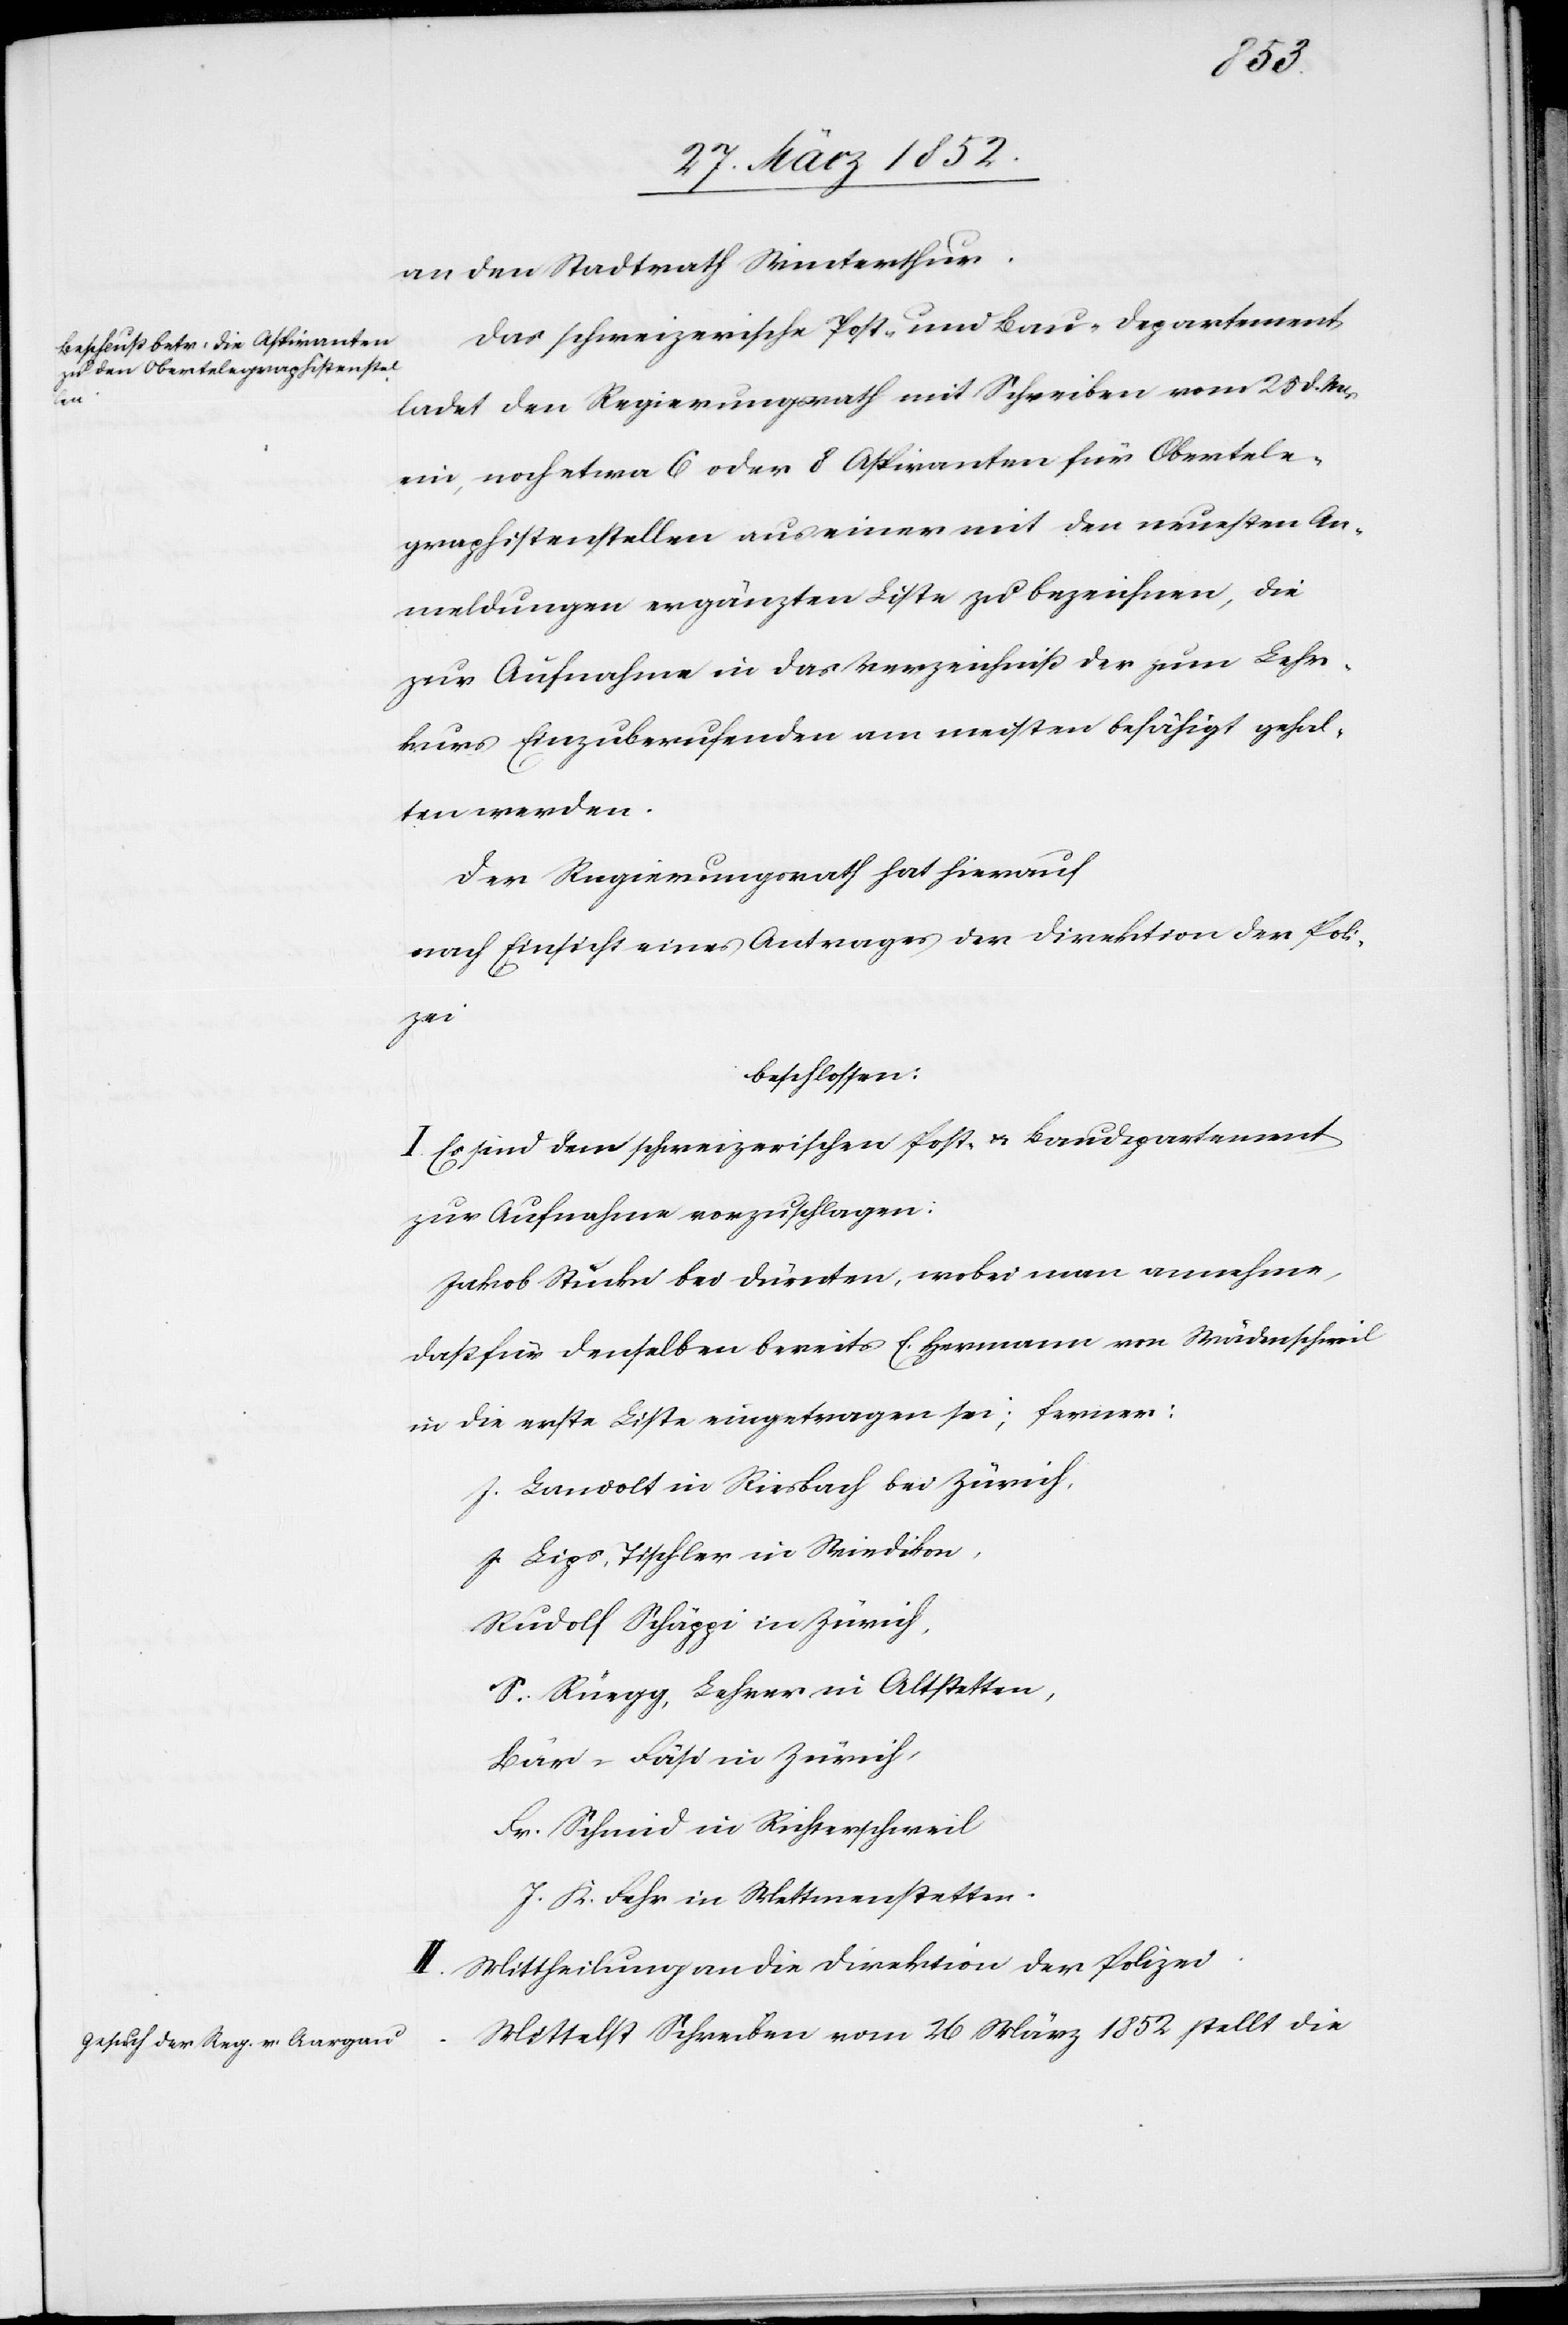
an den Stadtrath Winterthur.
Das schweizerische Post- und Bau-Departement
ladet den Regierungsrath mit Schreiben vom 25 d. Mts
ein, noch etwa 6 oder 8 Aspiranten für Obertele¬
graphistenstellen aus einer mit den neuesten An¬
meldungen ergänzten Liste zu bezeichnen, die
zur Aufnahme in das Verzeichniß der zum Lehr¬
kurs Einzuberufenden am meisten befähigt gehal¬
ten werden.
Der Regierungsrath hat hierauf
nach Einsicht eines Antrages der Direktion der Pol¬
izei
beschlossen:
I. Es sind dem schweizerischen Post- u. Baudepartement
zur Aufnahme vorzuschlagen:
Jakob Stucki bei Dürnten, wobei man annehme,
daß für denselben bereits E. Hermann von Wädenschweil
in die erste Liste eingetragen sei; ferner:
J. Landolt in Riesbach bei Zürich,
J. Lips, Tischler in Wiedikon,
Rudolf Schäppi in Zürich,
S. Rüegg, Lehrer in Altstetten,
Bär-Fäsi in Zürich,
Fr. Schmid in Richterschweil
J. K. Fehr in Mettmenstetten.
Mittheilung an die Direktion der Polizei.
Mittelst Schreiben vom 26 März 1852 stellt die